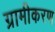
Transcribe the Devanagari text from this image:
ग्रामीकरण